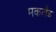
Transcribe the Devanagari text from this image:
मकलैंड